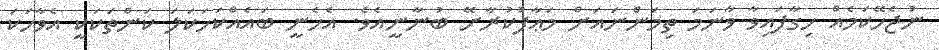
ނުޖެހޭކަމެއް ހިގާފައިވާ ވާނަމަ ތިމަންނައަށް މަޢާފުކުރާށޭ ބުނާނީއެވެ. އެހެނީ ބައެއްކަހަކަލަ ކަންތަކަކީ އެވާހަކަ